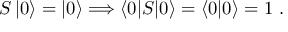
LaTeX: S \left| 0 \right\rangle = \left| 0 \right\rangle \Longrightarrow \left\langle 0 | S | 0 \right\rangle = \left\langle 0 | 0 \right\rangle = 1 ~ .